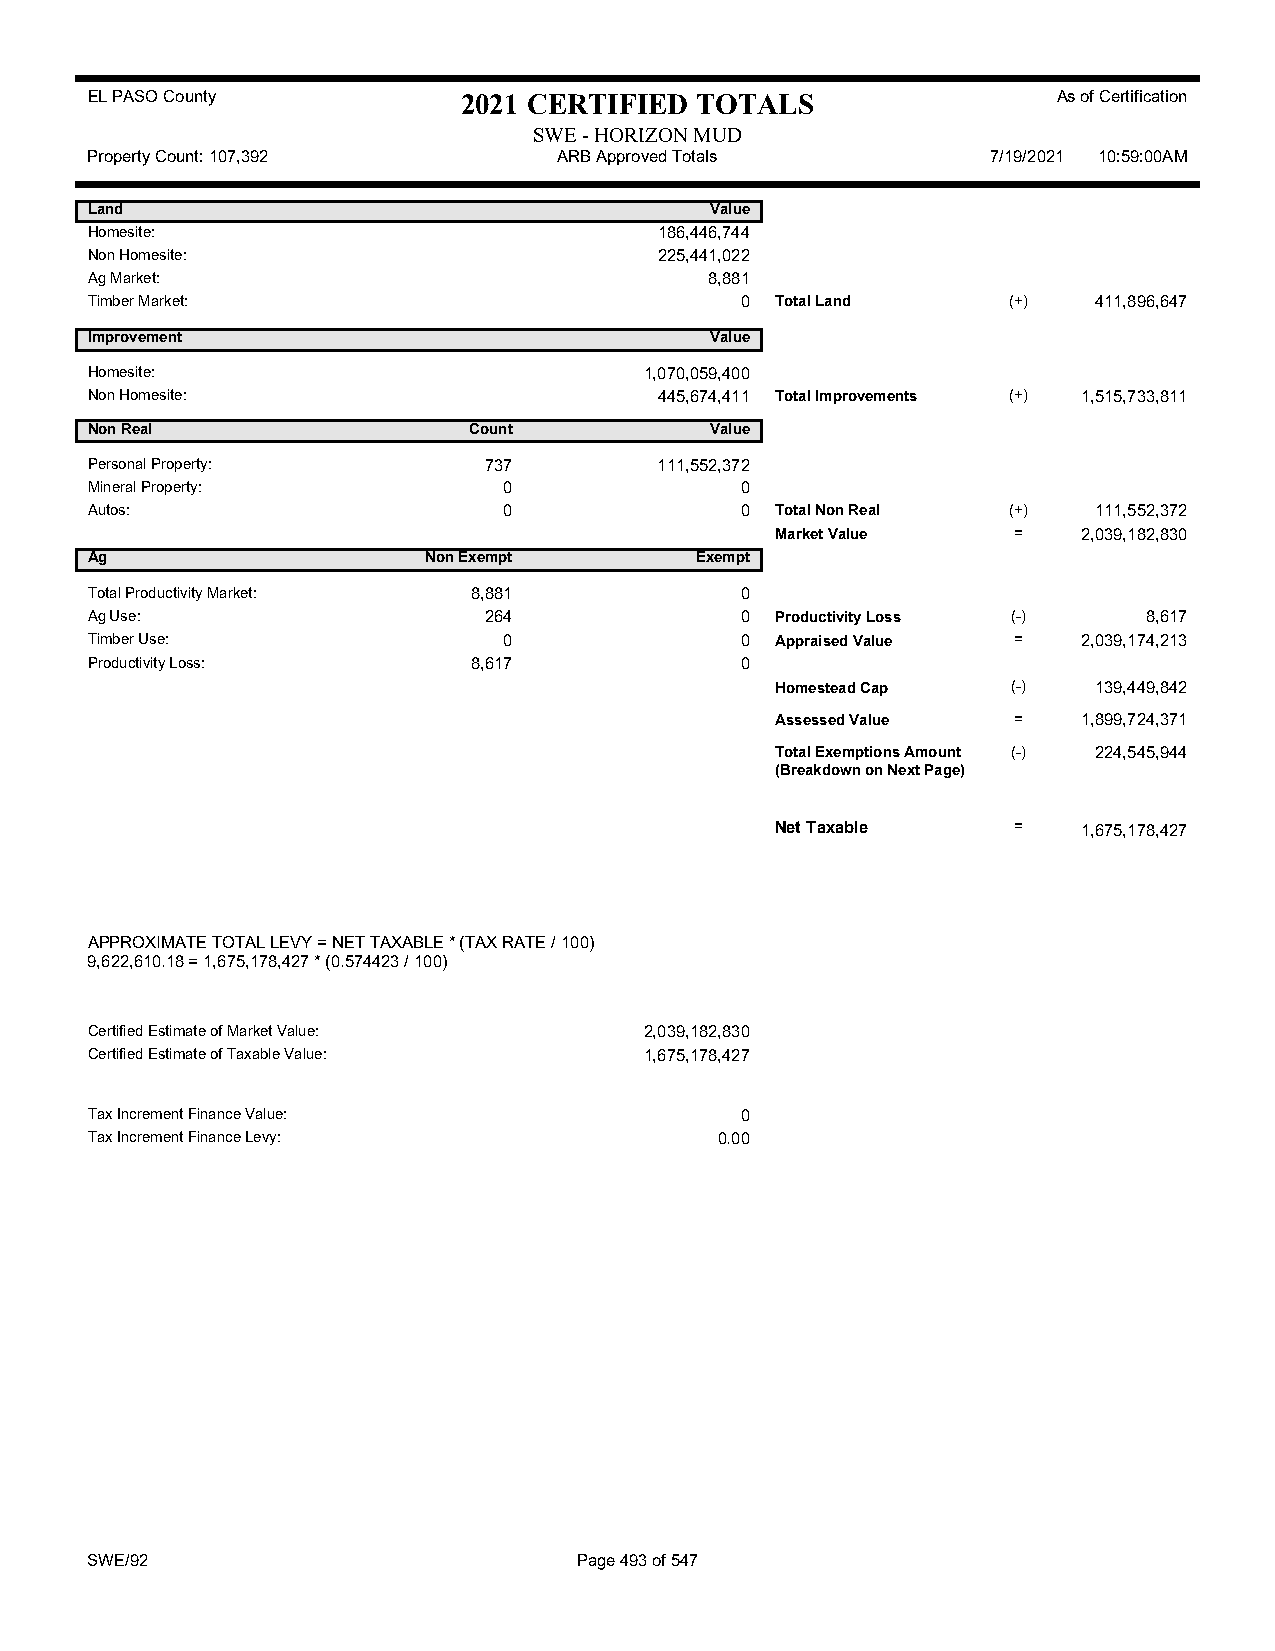
EL PASO County           2021 CERTIFIED TOTALS                  As of Certification
 SWE - HORIZON MUD
 Property Count: 107,392        ARB Approved Totals          7/19/2021 10:59:00AM
 Land                                     Value
 Homesite:                             186,446,744
 Non Homesite:                         225,441,022
 Ag Market:                               8,881
 Timber Market:                             0 Total Land      (+)  411,896,647
 Improvement                              Value
 Homesite:                            1,070,059,400
 Non Homesite:                         445,674,411 Total Improvements (+) 1,515,733,811
 Non Real                 Count           Value
 Personal Property:        737         111,552,372
 Mineral Property:          0               0
 Autos:                     0               0 Total Non Real  (+)  111,552,372
 Market Value    =    2,039,182,830
 Ag                    Non Exempt        Exempt
 Total Productivity Market: 8,881           0
 Ag Use:                   264              0 Productivity Loss (-)    8,617
 Timber Use:                0               0 Appraised Value =    2,039,174,213
 Productivity Loss:       8,617             0
 Homestead Cap   (-)  139,449,842
 Assessed Value  =    1,899,724,371
 Total Exemptions Amount (-) 224,545,944
 (Breakdown on Next Page)
 Net Taxable     =    1,675,178,427
 APPROXIMATE TOTAL LEVY = NET TAXABLE * (TAX RATE / 100)
 9,622,610.18 = 1,675,178,427 * (0.574423 / 100)
 Certified Estimate of Market Value:  2,039,182,830
 Certified Estimate of Taxable Value: 1,675,178,427
 Tax Increment Finance Value:               0
 Tax Increment Finance Levy:               0.00
 SWE/92                          Page 493 of 547